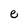
Character: e